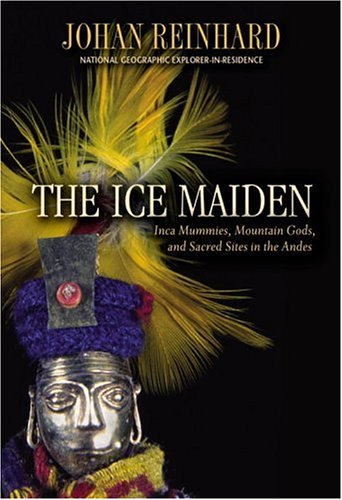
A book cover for The Ice Maiden: Inca Mummies, Mountain Gods, and Sacred Sites in the Andes; Johan Reinhard; History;